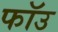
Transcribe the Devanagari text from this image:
फॉउ